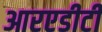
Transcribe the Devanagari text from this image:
आरएडीटी